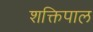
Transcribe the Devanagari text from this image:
शक्तिपाल